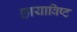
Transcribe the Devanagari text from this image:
छायाविष्ट